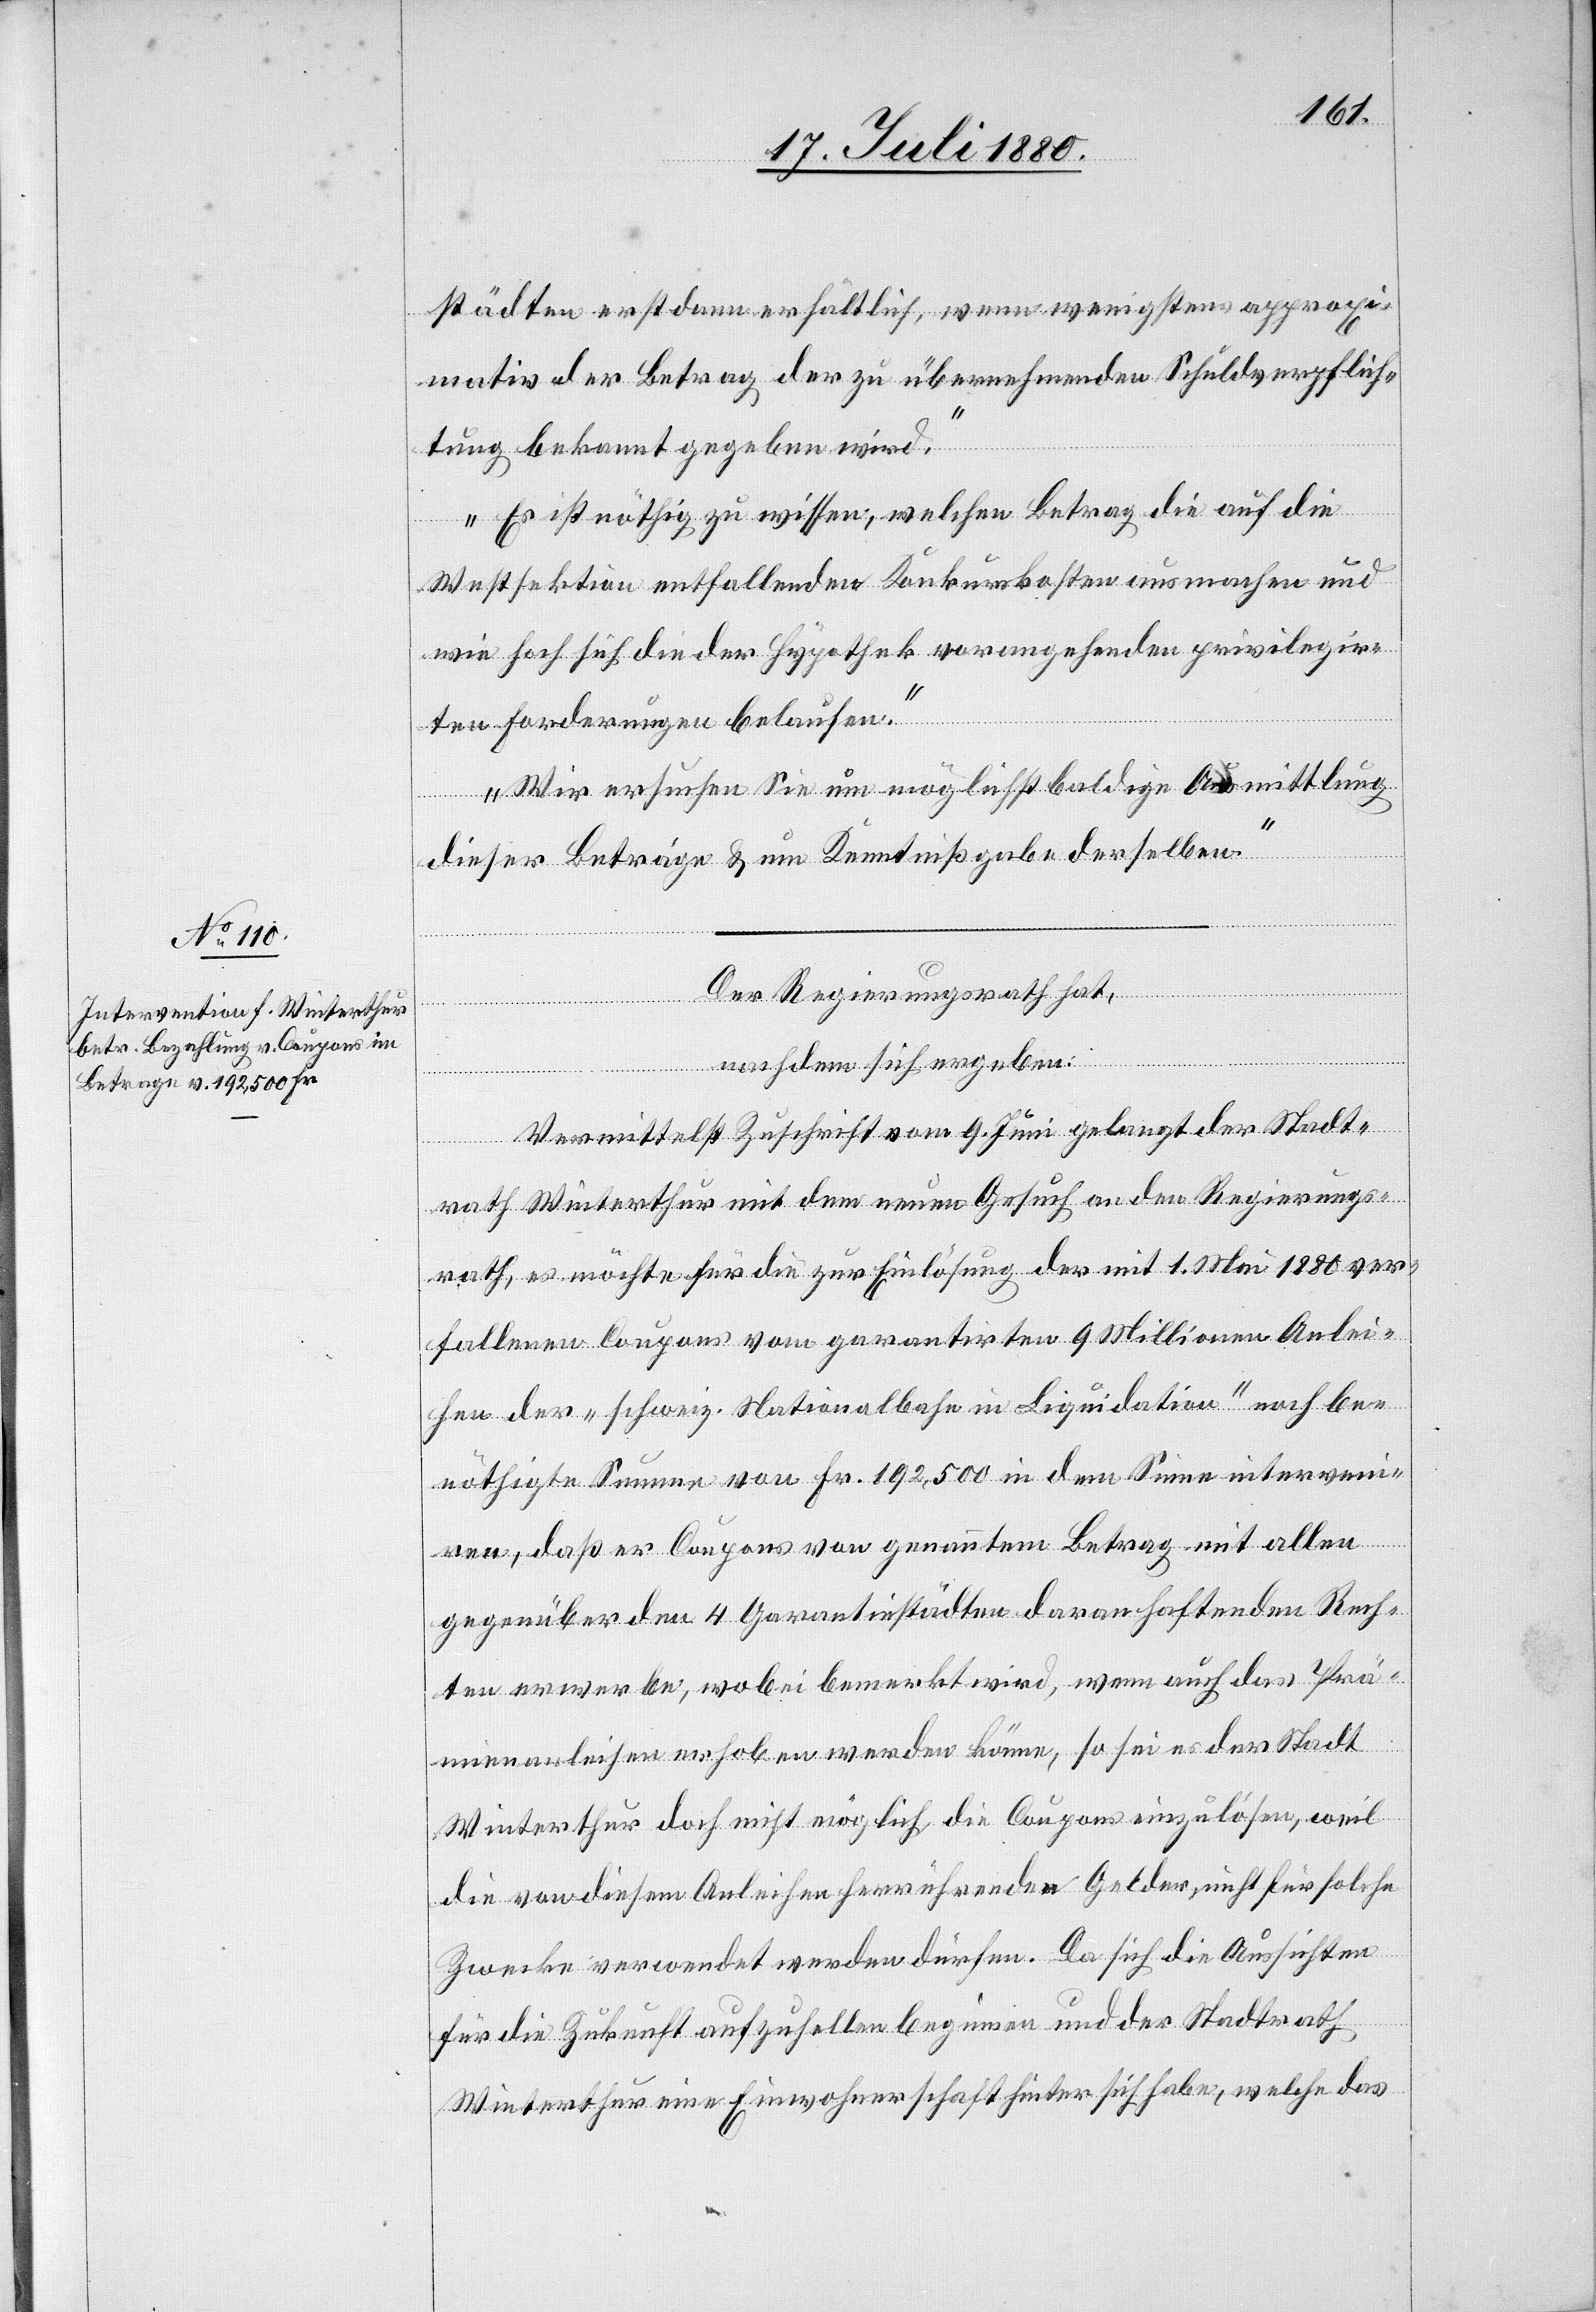
städten erst dann erhältlich, wenn wenigstens approxi¬
mativ der Betrag der zu übernehmenden Schuldverpflich¬
tung bekannt gegeben wird.
Es ist nöthig zu wissen, welchen Betrag die auf die
Westsektion entfallenden Konkurskosten ausmachen und
wie hoch sich die der Hypothek vorangehenden privilegir¬
ten Forderungen belaufen.
Wir ersuchen Sie um möglichst baldige Ausmittlung
dieser Beträge & um Kenntnißgabe derselben.“
Der Regierungsrath hat,
nachdem sich ergeben:
Vermittelst Zuschrift vom 9. Juni gelangt der Stadt¬
rath Winterthur mit dem neuen Gesuch an den Regierungs¬
rath, es möchte für die zur Einlösung der mit 1. Mai 1880 ver¬
fallenen Coupons vom garantirten 9 Millionen Anlei¬
hen der „schweiz. Nationalbahn in Liquidation“ nach be¬
nöthigte Summe von Fr. 192,500 in dem Sinne interveni¬
ren, daß er Coupons von genanntem Betrag mit allen
gegenüber den 4 Garantiestädten daranhaftenden Rech¬
ten erwerbe, wobei bemerkt wird, wenn auch das Prä¬
mienanleihen erhoben werden könne, so sei es der Stadt
Winterthur doch nicht möglich, die Coupons einzulösen, weil
die von diesem Anleihen herrührenden Gelder, nicht für solche
Zwecke verwendet werden dürfen. Da sich die Aussichten
für die Zukunft aufzuhellen beginnen und der Stadtrath
Winterthur eine Einwohnerschaft hinter sich habe, welche das